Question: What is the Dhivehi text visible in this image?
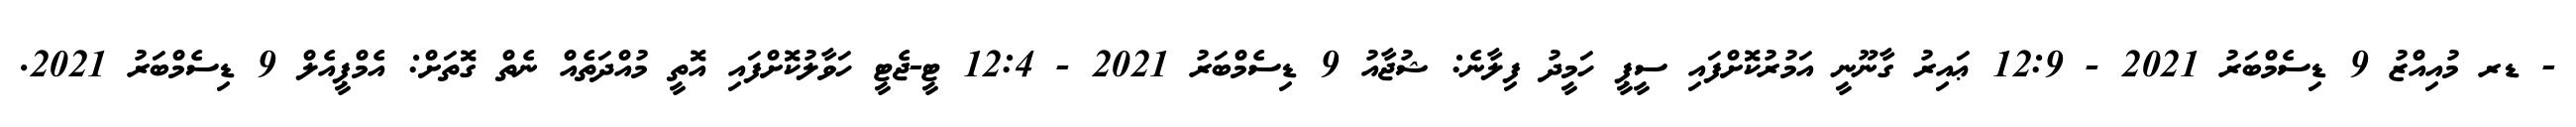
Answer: - ޑރ މުއިއްޒު 9 ޑިސެމްބަރު 2021 - 12:9 ޢައިރު ގާނޫނީ އަމުރުކޮށްފައި ސީޕީ ހަމީދު ފިލާނެ: ޝުޖާއު 9 ޑިސެމްބަރު 2021 - 12:4 ޓީ-ޖެޓީ ހަވާލުކޮށްފައި އޮތީ މުއްދަތެއް ނެތް ގޮތަށް: އެމްޕީއެލް 9 ޑިސެމްބަރު 2021.